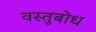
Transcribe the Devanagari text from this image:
वस्तुबोध